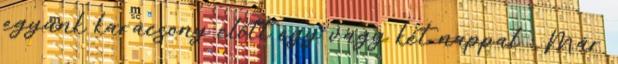
együnk karácsony előtt egy vagy két nappal : Már